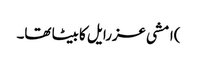
)امشی عزرایل کا بیٹا تھا۔